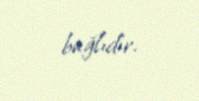
bağlıdır.